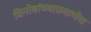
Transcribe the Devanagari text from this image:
विनोबांच्याप्रमाणेच